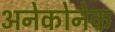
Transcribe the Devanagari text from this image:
अनेकोनेक